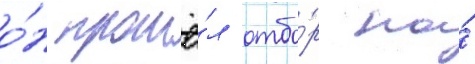
о́н прошё́л отбо́р на́